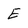
Character: E